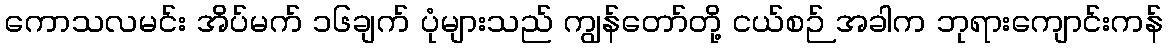
ကောသလမင်း အိပ်မက် ၁၆ချက် ပုံများသည် ကျွန်တော်တို့ ငယ်စဉ် အခါက ဘုရားကျောင်းကန်